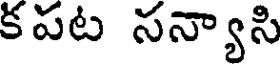
కపట సన్యాసి